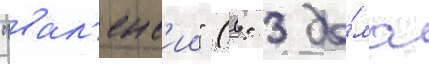
"вал'енс'ии" (0: 3 до́ма